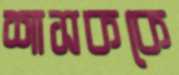
শাসককে